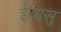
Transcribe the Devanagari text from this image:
ईयासु